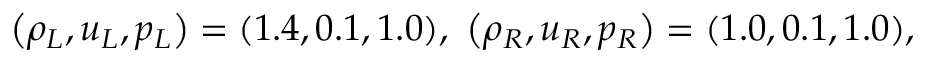
\begin{array} { r } { \left( \rho _ { L } , u _ { L } , p _ { L } \right) = ( 1 . 4 , 0 . 1 , 1 . 0 ) , ~ \left( \rho _ { R } , u _ { R } , p _ { R } \right) = ( 1 . 0 , 0 . 1 , 1 . 0 ) , } \end{array}